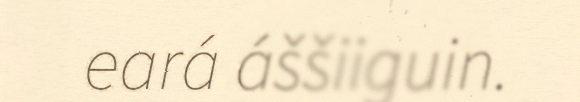
eará áššiiguin.